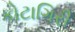
કોટાગિરી